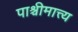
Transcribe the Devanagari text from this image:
पाश्चीमात्त्य